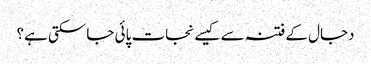
دجال کے فتنہ سے کیسے نجات پائی جاسکتی ہے؟